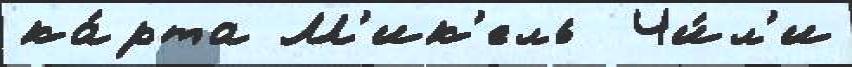
ка́рта М'ик'ель  Чи́л'и